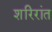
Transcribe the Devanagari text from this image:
शरिरांत